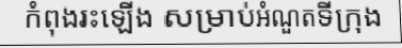
កំពុងរះឡើង សម្រាប់អំណួតទីក្រុង